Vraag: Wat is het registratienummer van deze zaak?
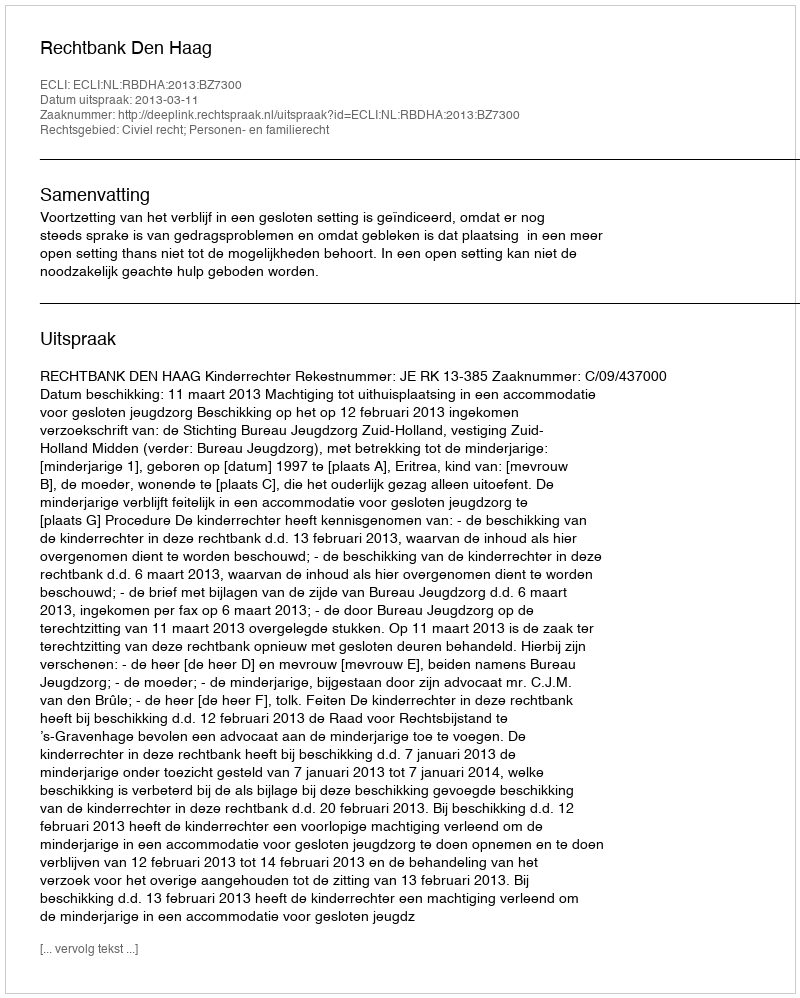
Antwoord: http://deeplink.rechtspraak.nl/uitspraak?id=ECLI:NL:RBDHA:2013:BZ7300